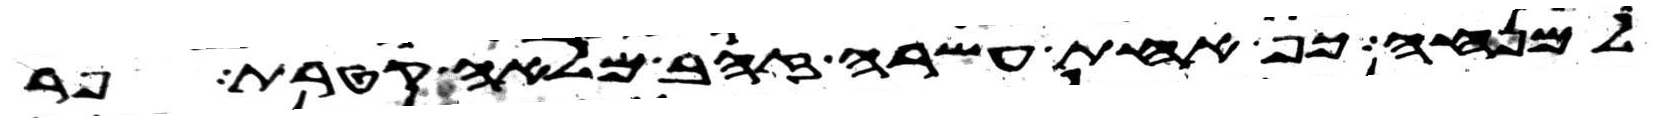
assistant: למנחה כף אחת עשרה זהב מלאה קטרת פר